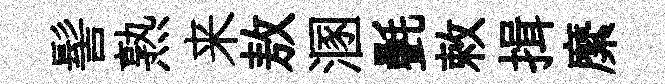
髻熟来敖溷㲲敕揖縻